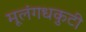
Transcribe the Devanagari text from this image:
मूलंगधकुटी